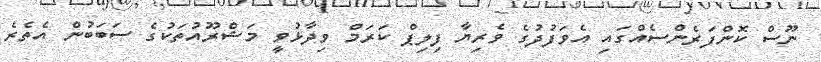
ނޫސް ކޮންފަރެންސެއްގައި އެވަފުދުގެ ވެރިޔާ ފިލިޕް ކަރަމް ވިިދާޅުވީ މަޝްރޫއުތަކުގެ ސަބަބުން އެތެރެ